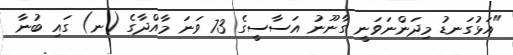
"އަޅުގަނޑު މިދަންނަވަނީ ގާނޫނު އަސާސީގެ 73 ވަނަ މާއްދާގެ (ނ) ގައި ބުނާ